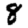
Digit: 8